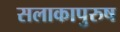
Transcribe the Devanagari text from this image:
सलाकापुरुष